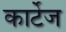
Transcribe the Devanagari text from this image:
कार्टेज